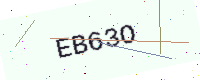
Text: EB63O